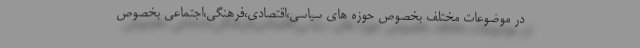
در موضوعات مختلف بخصوص حوزه های سیاسی،اقتصادی،فرهنگی،اجتماعی بخصوص